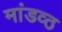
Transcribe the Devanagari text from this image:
मांडव्ठ